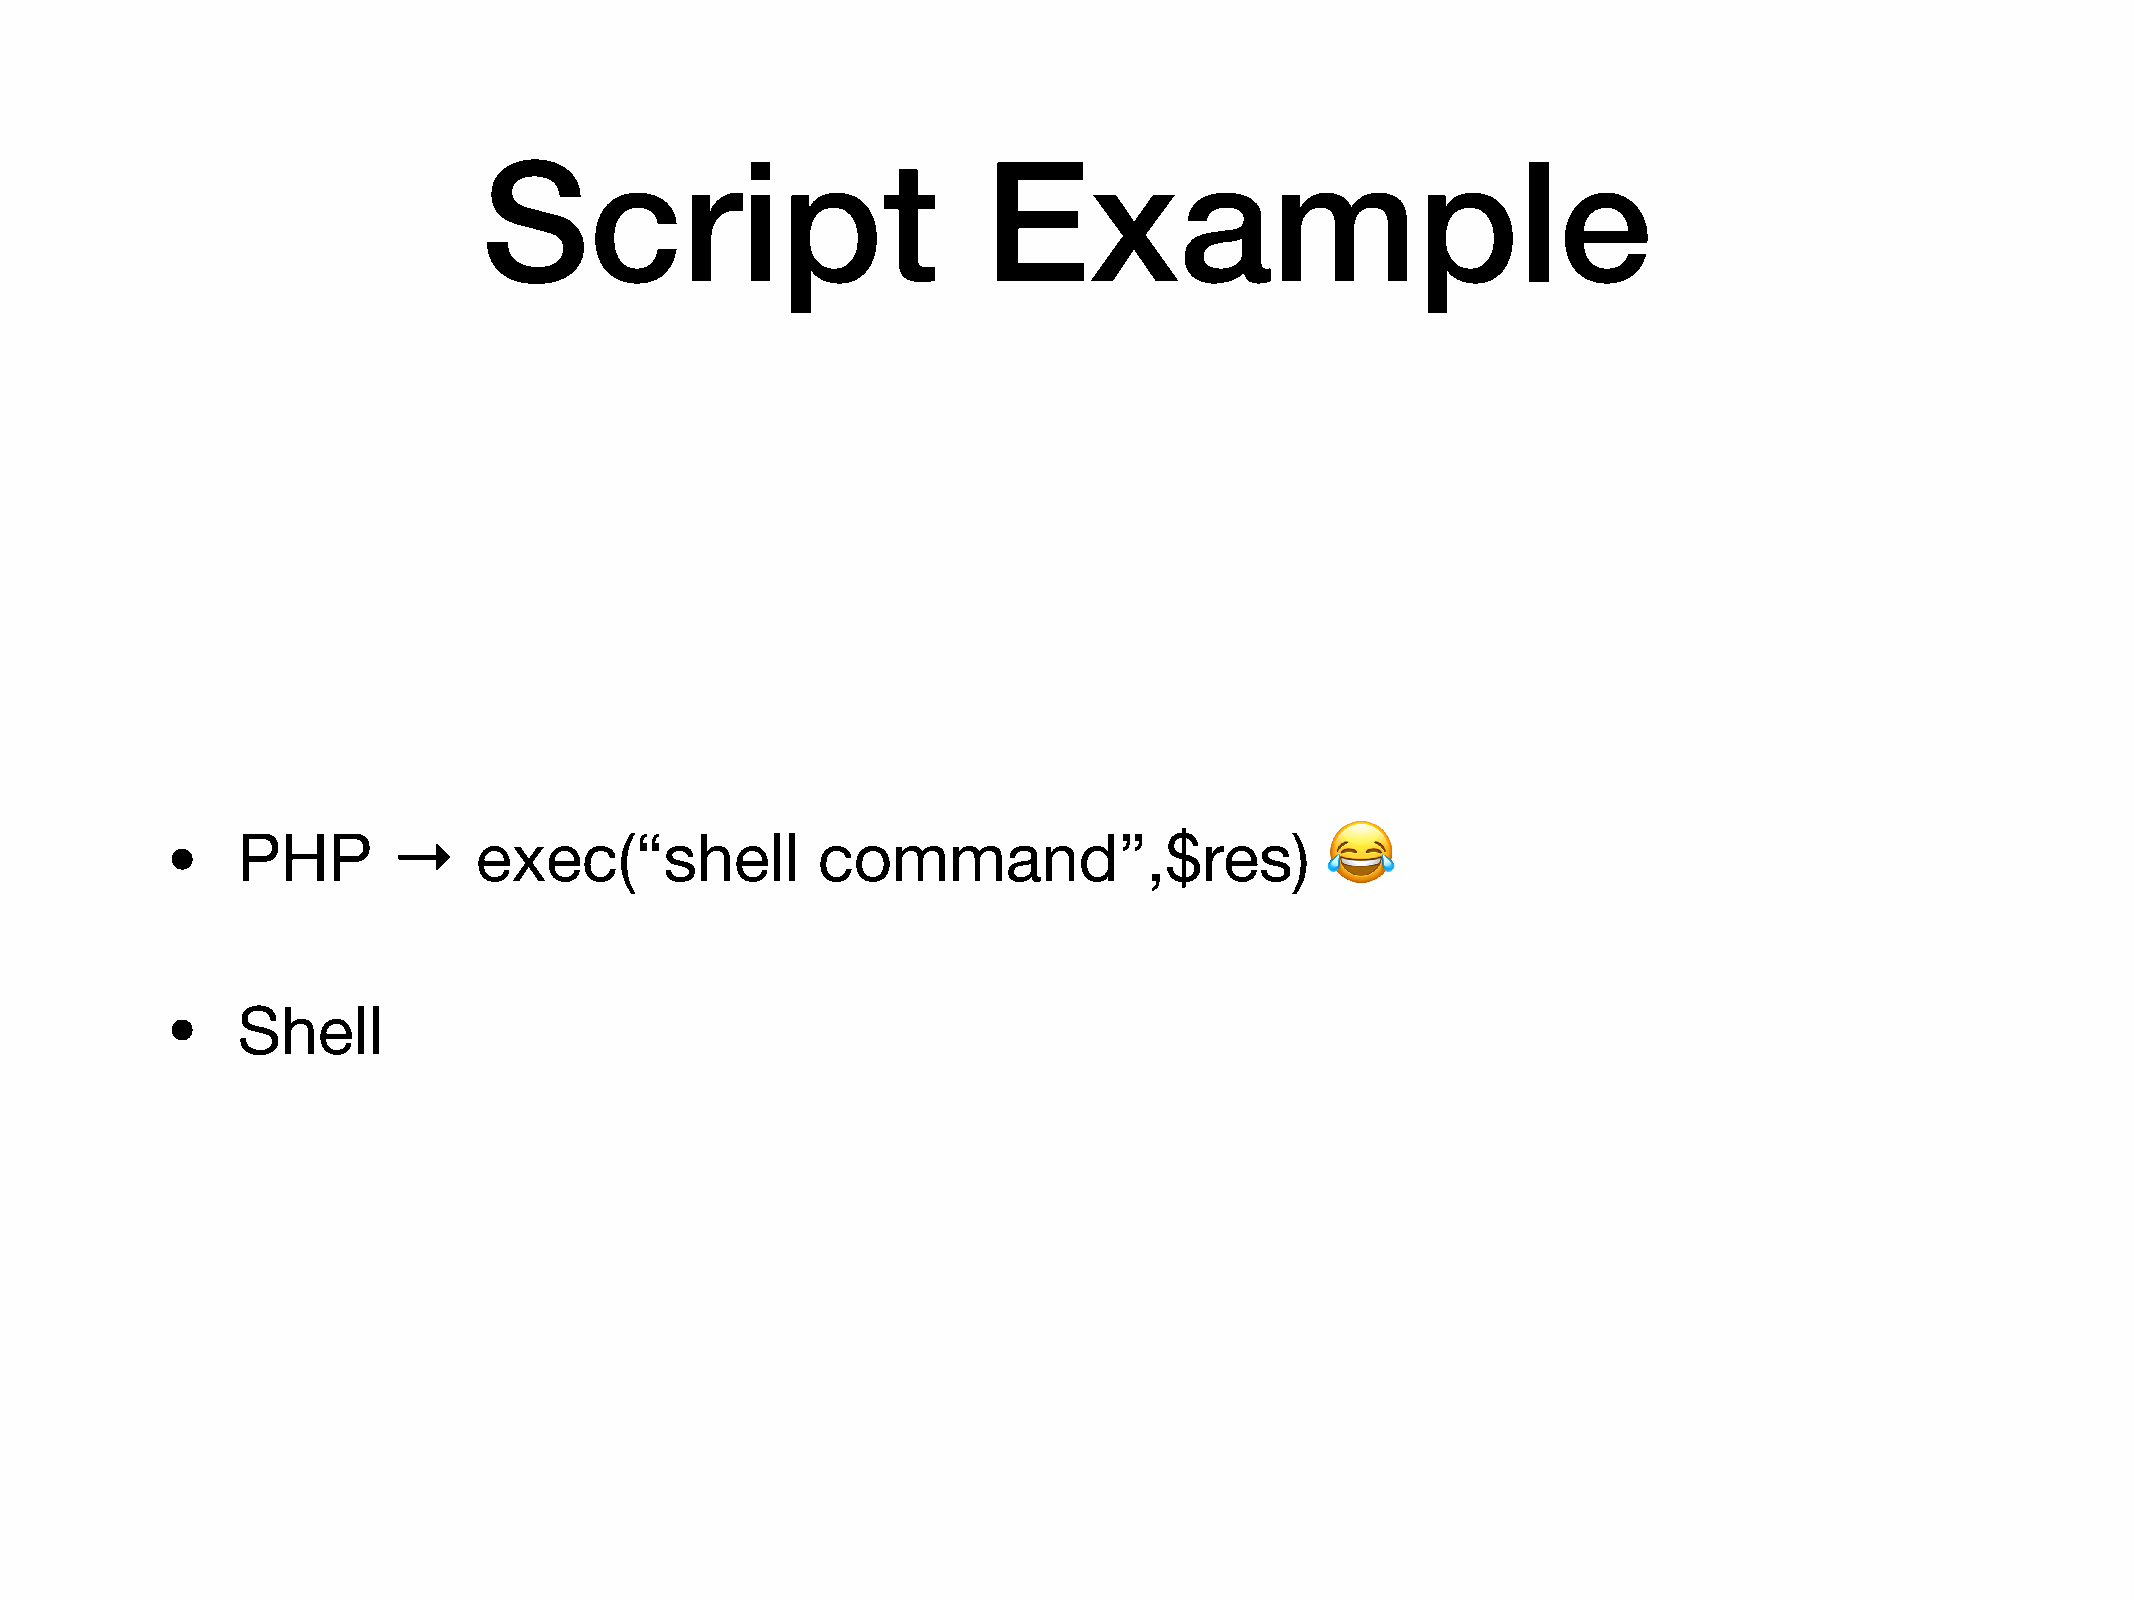
Script                           Example
 •
 PHP       →    exec(“shell            command”,$res)
 😂
 •
 Shell